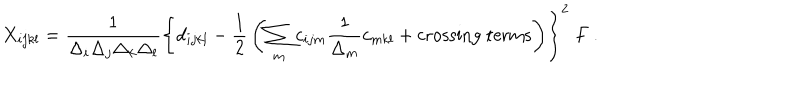
X _ { i j k l } = { \frac { 1 } { \Delta _ { i } \Delta _ { j } \Delta _ { k } \Delta _ { l } } } \left\{ d _ { i j k l } - { \frac { 1 } { 2 } } \left( \sum _ { m } c _ { i j m } { \frac { 1 } { \Delta _ { m } } } c _ { m k l } + \mathrm { c r o s s i n g ~ t e r m s } \right) \right\} ^ { 2 } \ F \ .